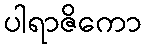
ပါရာဇိကော